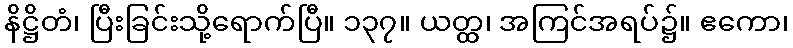
နိဋ္ဌိတံ၊ ပြီးခြင်းသို့ရောက်ပြီ။ ၁၃၇။ ယတ္ထ၊ အကြင်အရပ်၌။ ဧကော၊